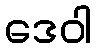
ဒေဝါ